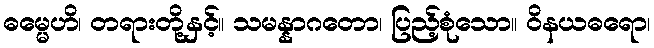
ဓမ္မေဟိ၊ တရားတို့နှင့်။ သမန္နာဂတော၊ ပြည့်စုံသော။ ဝိနယဓရော၊